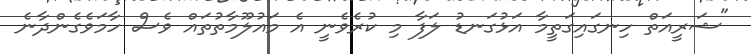
"ޝަރީއަތް ހިނގައިގަތީމާ އަޅުގަނޑު ލަފާ މި ކުރެވެނީ އެ މައުލޫމާތުތައް ވެސް ހާމަވެގެންދާނެ